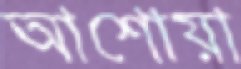
আশোয়া